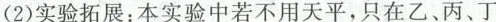
(2)实验拓展：本实验中若不用天平，只在乙、丙、丁